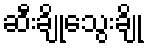
ဆီးချိုသွေးချို